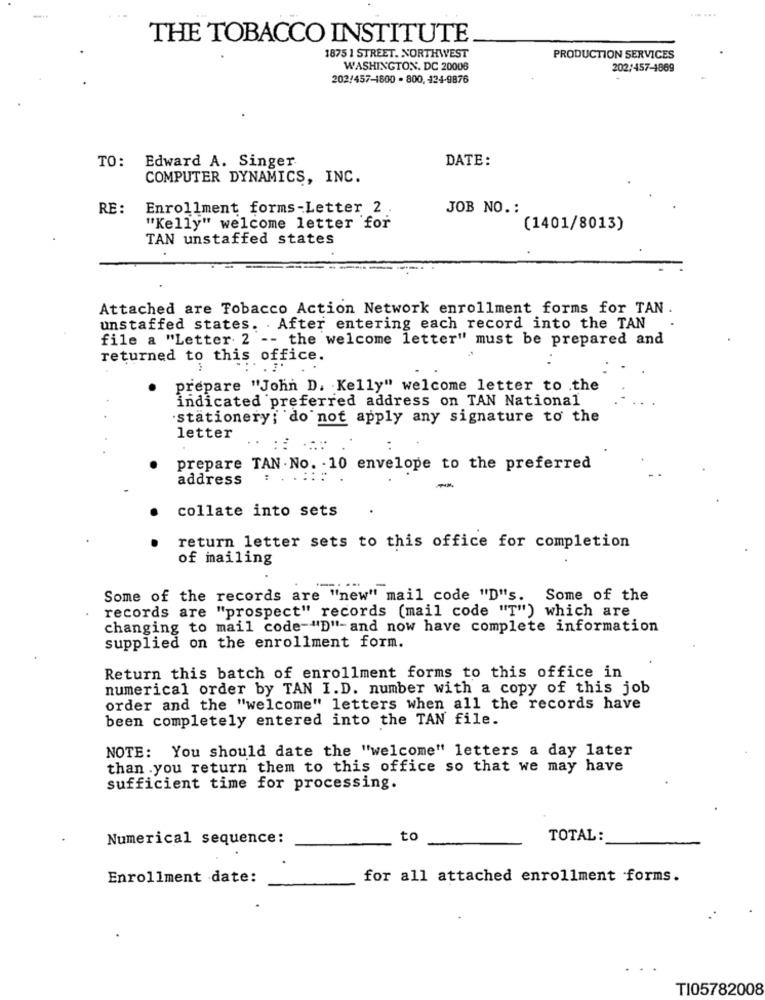
.....
THE TOBACCO INSTITUTE
1875 1 STREET. NORTHWEST
PRODUCTION SERVICES
WASHINGTON, DC 20008
202/457-4869
202/457-1800 - 800, 434-9876
TO:
Edward A. Singer
DATE:
COMPUTER DYNAMICS, INC.
RE :
Enrollment forms-Letter 2.
JOB NO. :
"Kelly" welcome letter for
(1401/8013)
TAN unstaffed states
Attached are Tobacco Action Network enrollment forms for TAN .
unstaffed states. After entering each record into the TAN
file a "Letter 2 -- the welcome letter" must be prepared and
returned to this office.
prepare "John D. Kelly" welcome letter to .the
indicated preferred address on TAN National
stationery; do not apply any signature to the
letter
prepare TAN . No. - 10 envelope to the preferred
address
-
collate into sets
return letter sets to this office for completion
of mailing
Some of the records are "new" mail code "D"s. Some of the
records are "prospect" records (mail code "T") which are
changing to mail code-"D"-and now have complete information
supplied on the enrollment form.
Return this batch of enrollment forms to this office in
numerical order by TAN I. D. number with a copy of this job
order and the "welcome" letters when all the records have
been completely entered into the TAN file.
NOTE: You should date the "welcome" letters a day later
than you return them to this office so that we may have
sufficient time for processing.
Numerical sequence:
to
TOTAL:
Enrollment date:
for all attached enrollment forms.
TI05782008